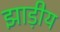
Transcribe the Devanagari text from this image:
झाड़ीय